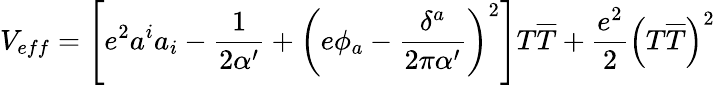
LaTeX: V_{eff}=\left[e^{2}a^{i}a_{i}-\frac{1}{2\alpha^{\prime}}+\left(e\phi_{a}-\frac{\delta^{a}}{2\pi\alpha^{\prime}}\right)^{2}\right]T\overline{{{T}}}+\frac{e^{2}}{2}\left(T\overline{{{T}}}\right)^{2}